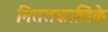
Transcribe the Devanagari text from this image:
निततकालिके